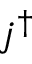
j ^ { \dagger }